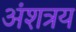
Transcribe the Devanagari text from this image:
अंशत्रय